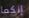
إنكما